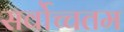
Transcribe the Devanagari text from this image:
सर्वोच्चतम